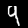
Label: 9